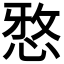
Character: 𫺗